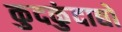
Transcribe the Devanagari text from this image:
कुदकुंदाद्यो